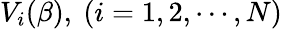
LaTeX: V_{i}(\beta),~(i=1,2,\cdots,N)